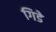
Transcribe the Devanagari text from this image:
गिडे